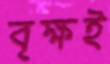
বৃক্ষই